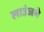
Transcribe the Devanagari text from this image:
लाउंजचे